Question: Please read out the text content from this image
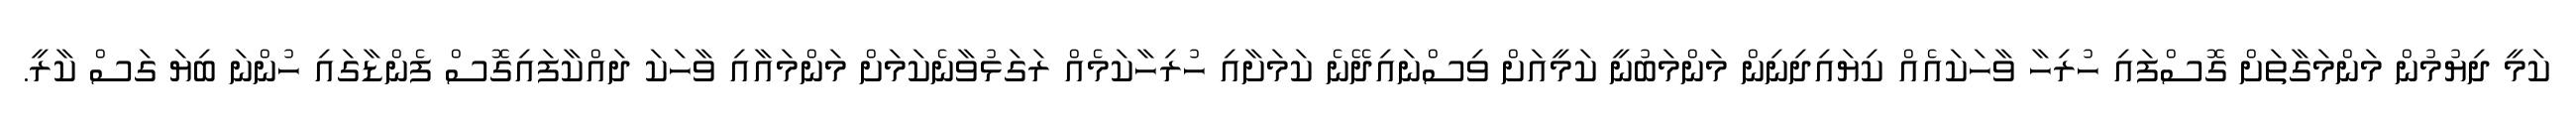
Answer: ކަމީ ދިޔުމުން މަންމަގާތަށް ގޮސްފައި ހުރިހާ ވާހަކައެއް ކިޔައިދިނިން މަންމަބުނީ ކަމީއަށް ވިސްނައިދޭނެ ކަމަށާއި ހުރިހާކަމެއް ރަގަޅުވާނެކަމަށް މަންމައާއި ވާހަކަ ދައްކާފައިގޮސް ފެންޑާގައި ހުންނަ ބިޔަ ގަސް ކާރީ.